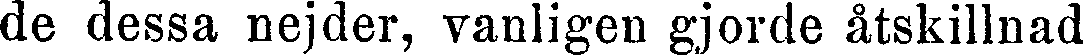
de dessa nejder, vanligen gjorde åtskillnad